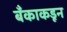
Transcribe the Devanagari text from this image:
बँकाकडून